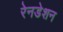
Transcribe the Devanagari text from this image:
रेनडेशन